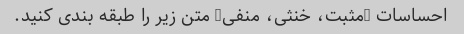
احساسات (مثبت، خنثی، منفی) متن زیر را طبقه بندی کنید.